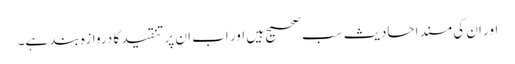
اور ان کی مسند احادیث سب صحیح ہیں اور اب ان پر تنقید کا دروازہ بند ہے۔